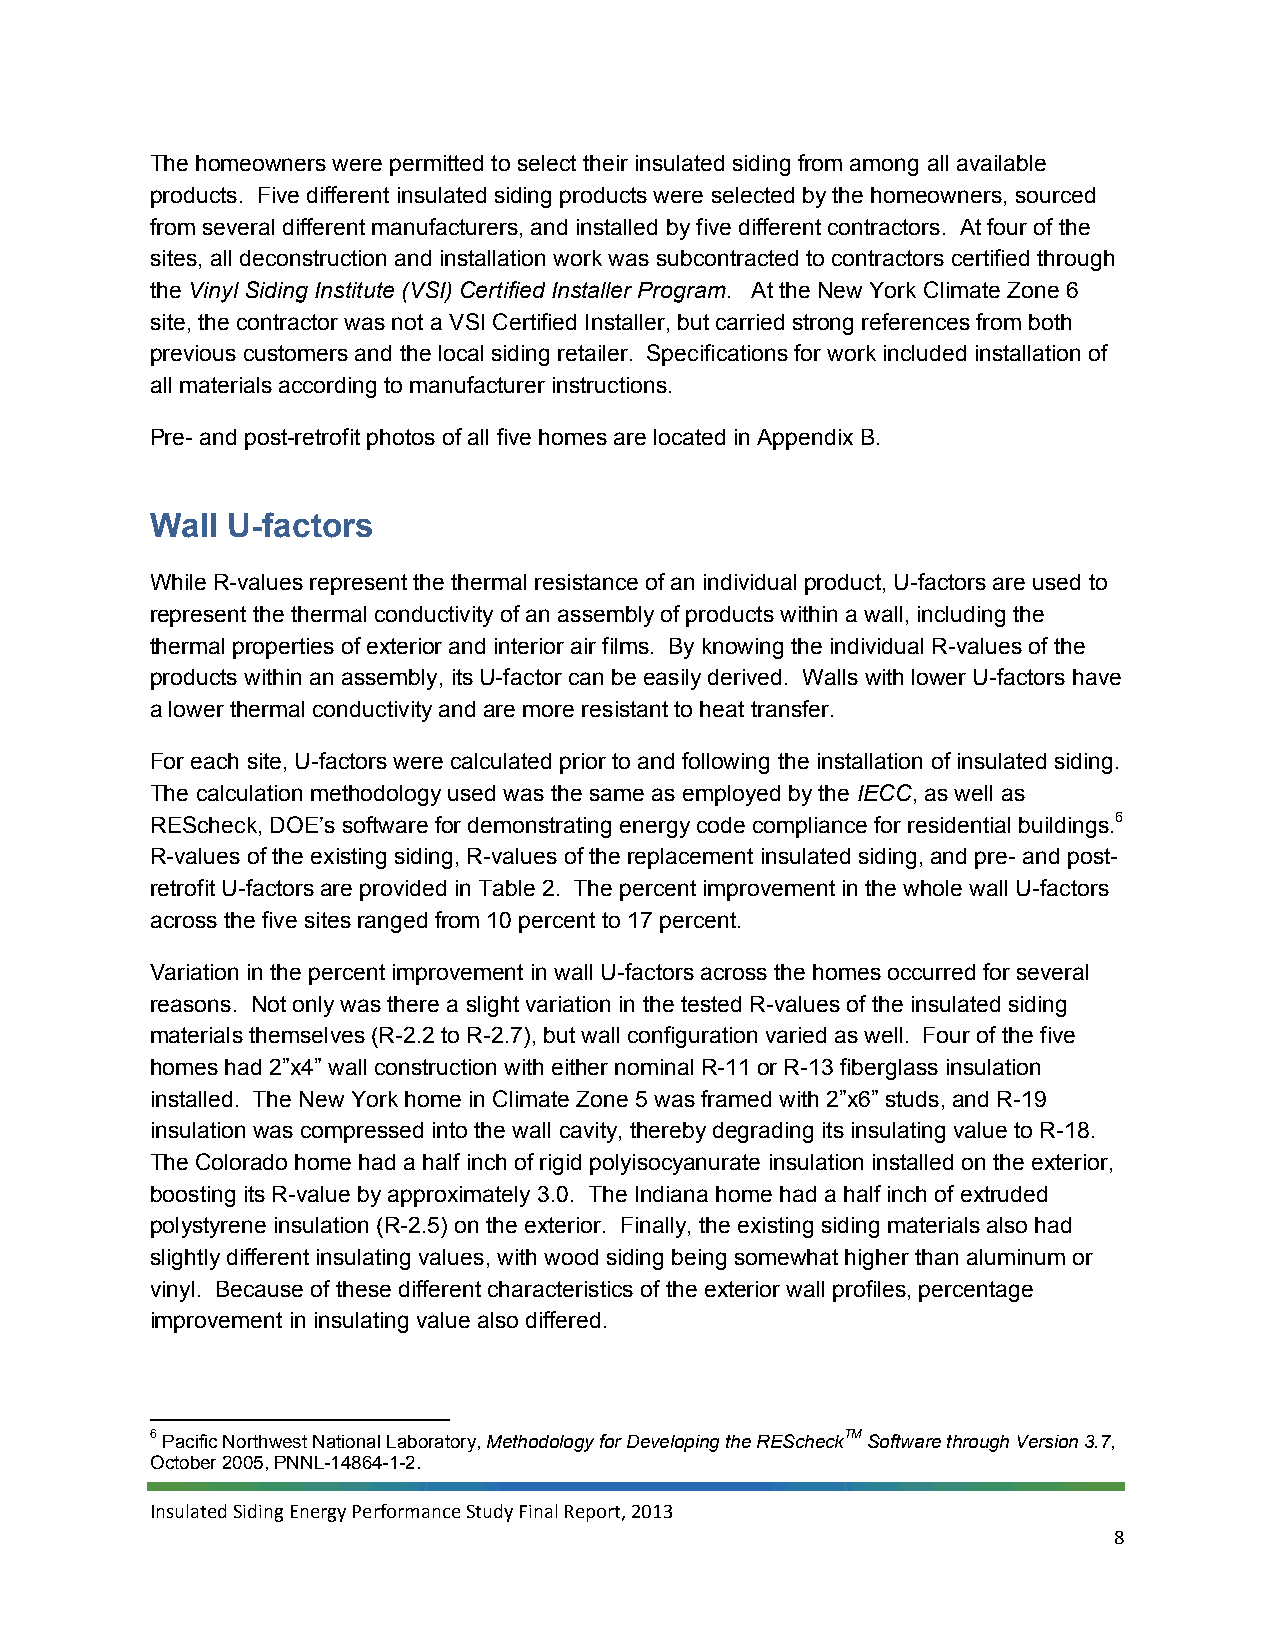
The homeowners were permitted to select their insulated siding from among all available
 products. Five different insulated siding products were selected by the homeowners, sourced
 from several different manufacturers, and installed by five different contractors. At four of the
 sites, all deconstruction and installation work was subcontracted to contractors certified through
 the Vinyl Siding Institute (VSI) Certified Installer Program. At the New York Climate Zone 6
 site, the contractor was not a VSI Certified Installer, but carried strong references from both
 previous customers and the local siding retailer. Specifications for work included installation of
 all materials according to manufacturer instructions.
 Pre- and post-retrofit photos of all five homes are located in Appendix B.
 Wall U-factors
 While R-values represent the thermal resistance of an individual product, U-factors are used to
 represent the thermal conductivity of an assembly of products within a wall, including the
 thermal properties of exterior and interior air films. By knowing the individual R-values of the
 products within an assembly, its U-factor can be easily derived. Walls with lower U-factors have
 a lower thermal conductivity and are more resistant to heat transfer.
 For each site, U-factors were calculated prior to and following the installation of insulated siding.
 The calculation methodology used was the same as employed by the IECC, as well as
 REScheck, DOE’s software for demonstrating energy code compliance for residential buildings.6
 R-values of the existing siding, R-values of the replacement insulated siding, and pre- and post-
 retrofit U-factors are provided in Table 2. The percent improvement in the whole wall U-factors
 across the five sites ranged from 10 percent to 17 percent.
 Variation in the percent improvement in wall U-factors across the homes occurred for several
 reasons. Not only was there a slight variation in the tested R-values of the insulated siding
 materials themselves (R-2.2 to R-2.7), but wall configuration varied as well. Four of the five
 homes had 2”x4” wall construction with either nominal R-11 or R-13 fiberglass insulation
 installed. The New York home in Climate Zone 5 was framed with 2”x6” studs, and R-19
 insulation was compressed into the wall cavity, thereby degrading its insulating value to R-18.
 The Colorado home had a half inch of rigid polyisocyanurate insulation installed on the exterior,
 boosting its R-value by approximately 3.0. The Indiana home had a half inch of extruded
 polystyrene insulation (R-2.5) on the exterior. Finally, the existing siding materials also had
 slightly different insulating values, with wood siding being somewhat higher than aluminum or
 vinyl. Because of these different characteristics of the exterior wall profiles, percentage
 improvement in insulating value also differed.
 6 Pacific Northwest National Laboratory, Methodology for Developing the REScheckTM Software through Version 3.7,
 October 2005, PNNL-14864-1-2.
 Insulated Siding Energy Performance Study Final Report, 2013
 8